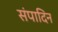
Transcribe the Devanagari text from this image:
संपादिन